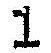
1